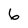
Character: 6